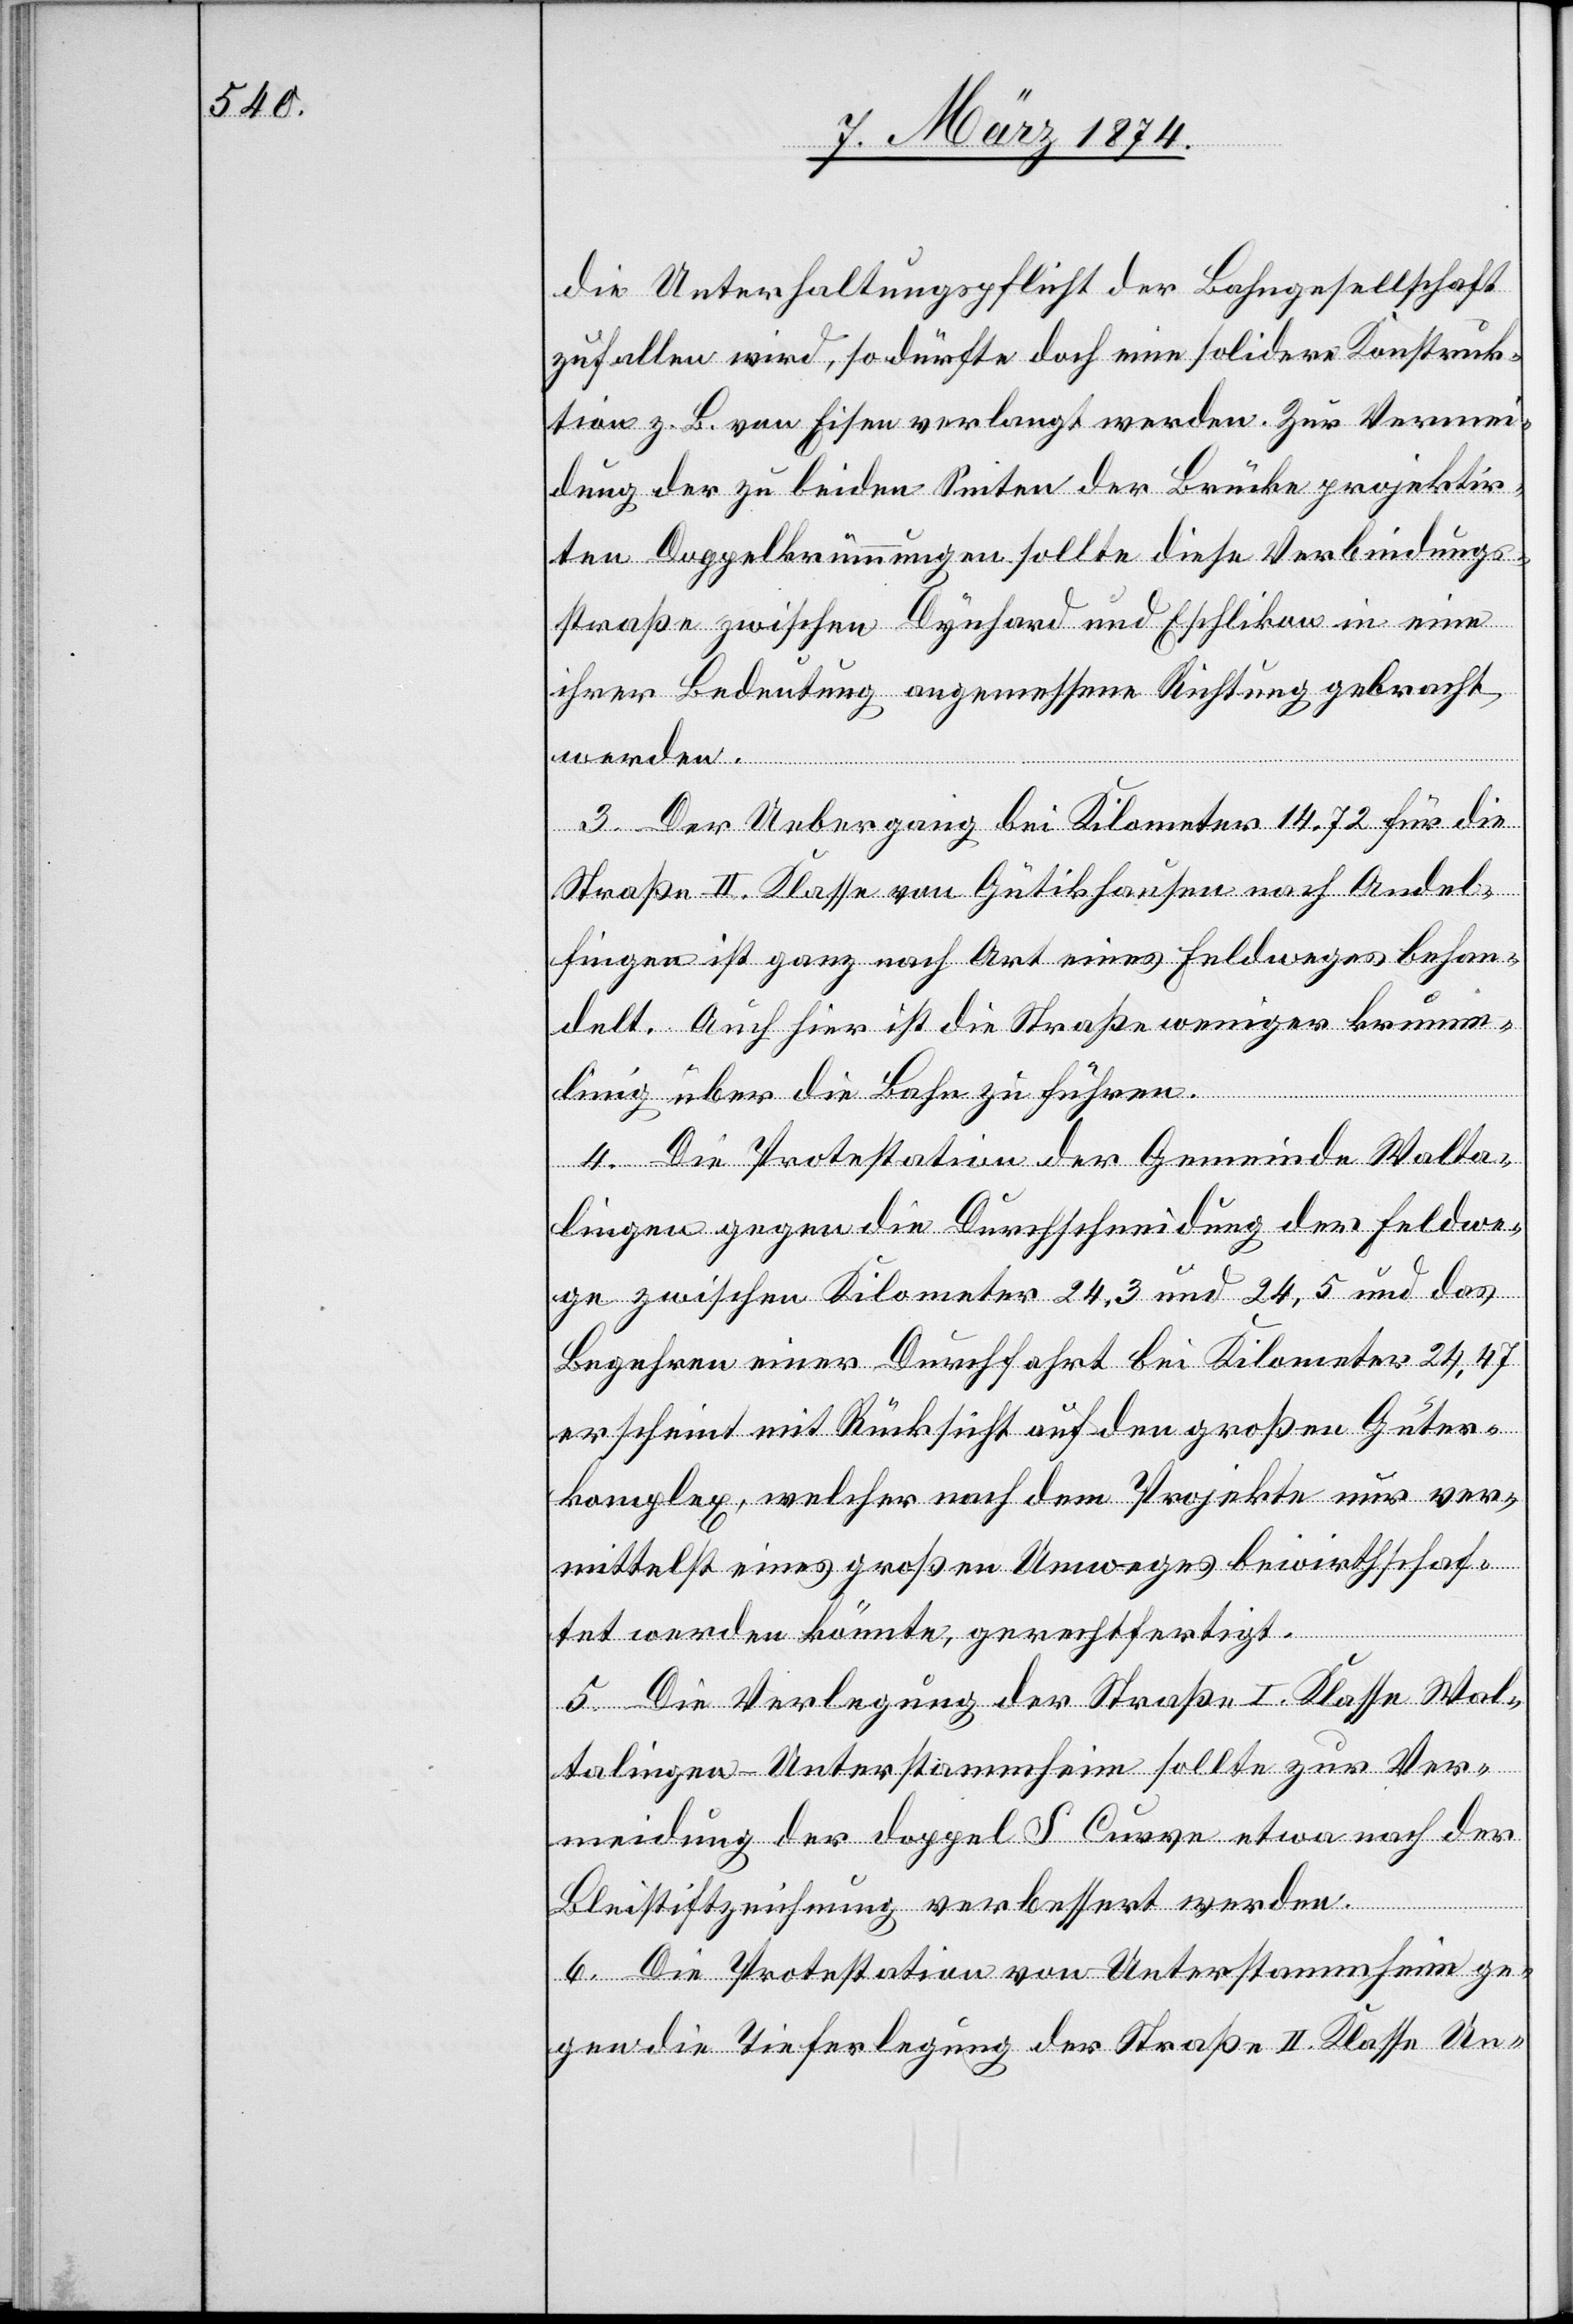
die Unterhaltungspflicht der Bahngesellschaft
zufallen wird, so dürfte doch eine solidere Konstruk¬
tion z. B. von Eisen verlangt werden. Zur Vermei¬
dung der zu beiden Seiten der Brücke projektir¬
ten Doppelkrümmungen sollte diese Verbindungs¬
straße zwischen Dynhard und Eschlikon in eine
ihrer Bedeutung angemessene Richtung gebracht
werden.
3. Der Uebergang bei Kilometer 14.72 für die
Straße II. Klasse von Gütikhausen nach Andel¬
fingen ist ganz nach Art eines Feldweges behan¬
delt. Auch hier ist die Straße weniger krumm¬
linig über die Bahn zu führen.
4. Die Protestation der Gemeinde Walta¬
lingen gegen die Durchschneidung der Feldwe¬
ge zwischen Kilometer 24,3 und 24,5 und das
Begehren einer Durchfahrt bei Kilometer 24,47
erscheint mit Rücksicht auf den großen Güter¬
komplex, welcher nach dem Projekte nur ver¬
mittelst eines großen Umweges bewirthschaf¬
tet werden könnte, gerechtfertigt.
5. Die Verlegung der Straße I. Klasse Wal¬
talingen-Unterstammheim sollte zur Ver¬
meidung der doppel S Curve etwa nach der
Bleistiftzeichnung verbessert werden.
6. Die Protestation von Unterstammheim ge¬
gen die Tieferlegung der Straße II. Klasse Un-